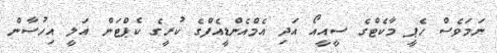
ނަމަވެސް ހެޕީ މާކެޓްގެ ސީއީއޯ އަދި އެމްއެންޑީއެފްގެ ކުރީގެ ކެޕްޓަން އަލީ އިހުސާން